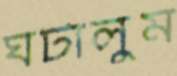
ঘটালুম